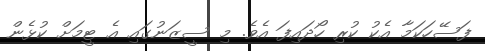
ފަސޭހަކަމާ އެކު ކުރި ހޯދައިފަ އެވެ. މި ސީޒަނުގައި އެ ޓީމަށް ކުޅެން